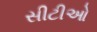
સીટીઓ